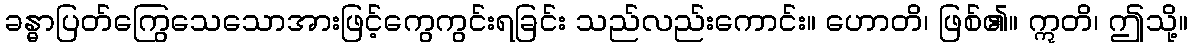
ခန္ဓာပြတ်ကြွေသေသောအားဖြင့်ကွေကွင်းရခြင်း သည်လည်းကောင်း။ ဟောတိ၊ ဖြစ်၏။ ဣတိ၊ ဤသို့။